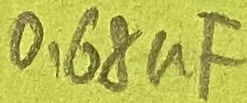
Text: 0,67µF